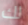
لك